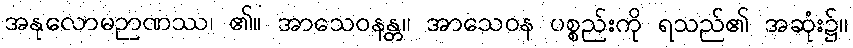
အနုလောမဉာဏဿ၊ ၏။ အာသေဝနန္တ။ အာသေဝန ပစ္စည်းကို ရသည်၏ အဆုံး၌။